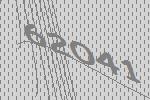
62041